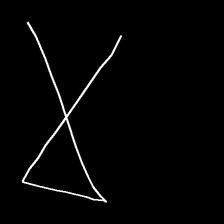
Glyph: collection